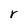
Character: r